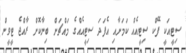
ސިޓީއަކީ ފޭކް ސިޓީއެއް ކަމަށާއި އެފަދަ ސިޓީއެެއްގެ މައްޗަށް ބިނާކޮށް ރާއްޖެ ޓީވީން